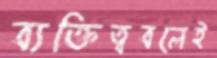
ব্যক্তিত্ববলেই